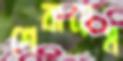
শেবায়েম